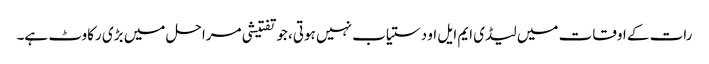
رات کے اوقات میں لیڈی ایم ایل او دستیاب نہیں ہوتی، جو تفتیشی مراحل میں بڑی رکاوٹ ہے۔